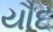
યૌદ